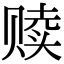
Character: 赎